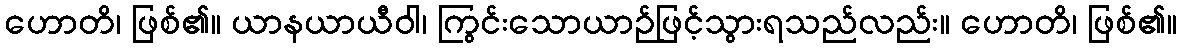
ဟောတိ၊ ဖြစ်၏။ ယာနယာယီဝါ၊ ကြွင်းသောယာဉ်ဖြင့်သွားရသည်လည်း။ ဟောတိ၊ ဖြစ်၏။